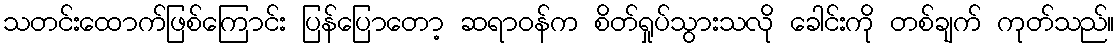
သတင်းထောက်ဖြစ်ကြောင်း ပြန်ပြောတော့ ဆရာဝန်က စိတ်ရှုပ်သွားသလို ခေါင်းကို တစ်ချက် ကုတ်သည်။